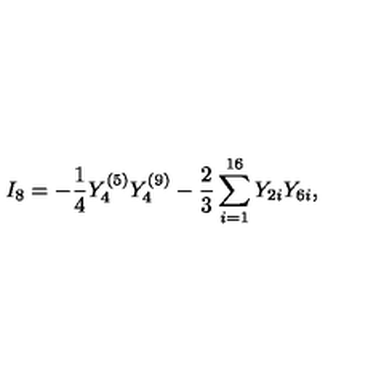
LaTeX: I _ { 8 } = - { \frac { 1 } { 4 } } Y _ { 4 } ^ { ( 5 ) } Y _ { 4 } ^ { ( 9 ) } - { \frac { 2 } { 3 } } \sum _ { i = 1 } ^ { 1 6 } Y _ { 2 i } Y _ { 6 i } ,